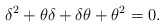
\begin{align*}\delta^2 + \theta \delta + \delta \theta + \theta^2 =0.\end{align*}